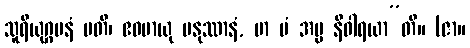
သူရိယုဂ္ဂမနံ ပတိ၊ ဧဝမာယု မနုဿာနံ, မာ မံ အမ္မ နိဝါရယာ”တိ။ (ဇာ။